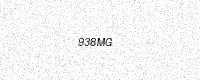
Text: 938MG